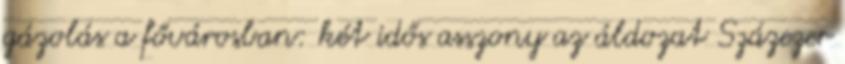
gázolás a fővárosban: két idős asszony az áldozat Százezer